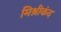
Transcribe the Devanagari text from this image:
मिश्रीकंद